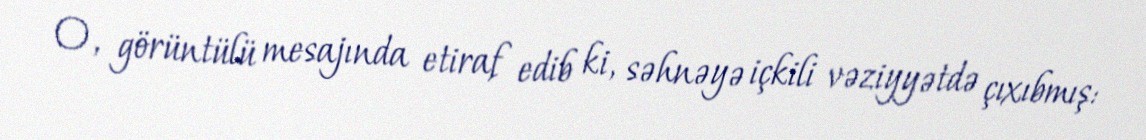
O, görüntülü mesajında etiraf edib ki, səhnəyə içkili vəziyyətdə çıxıbmış: